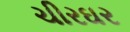
ચીરઘર